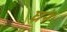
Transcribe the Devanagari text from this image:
घ्ररे